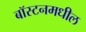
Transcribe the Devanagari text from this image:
बॉस्टनमधील